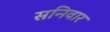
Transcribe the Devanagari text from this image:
सनिवार